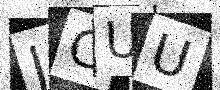
Text: JCUU